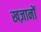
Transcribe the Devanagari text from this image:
खज़ानों